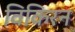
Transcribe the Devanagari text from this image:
विकिरन